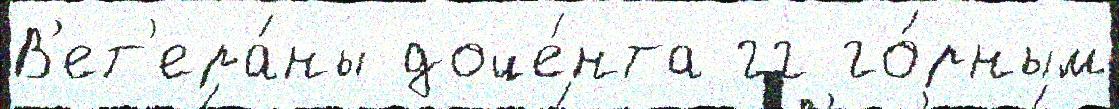
В'ет'ера́ны доце́нта гг го́рным